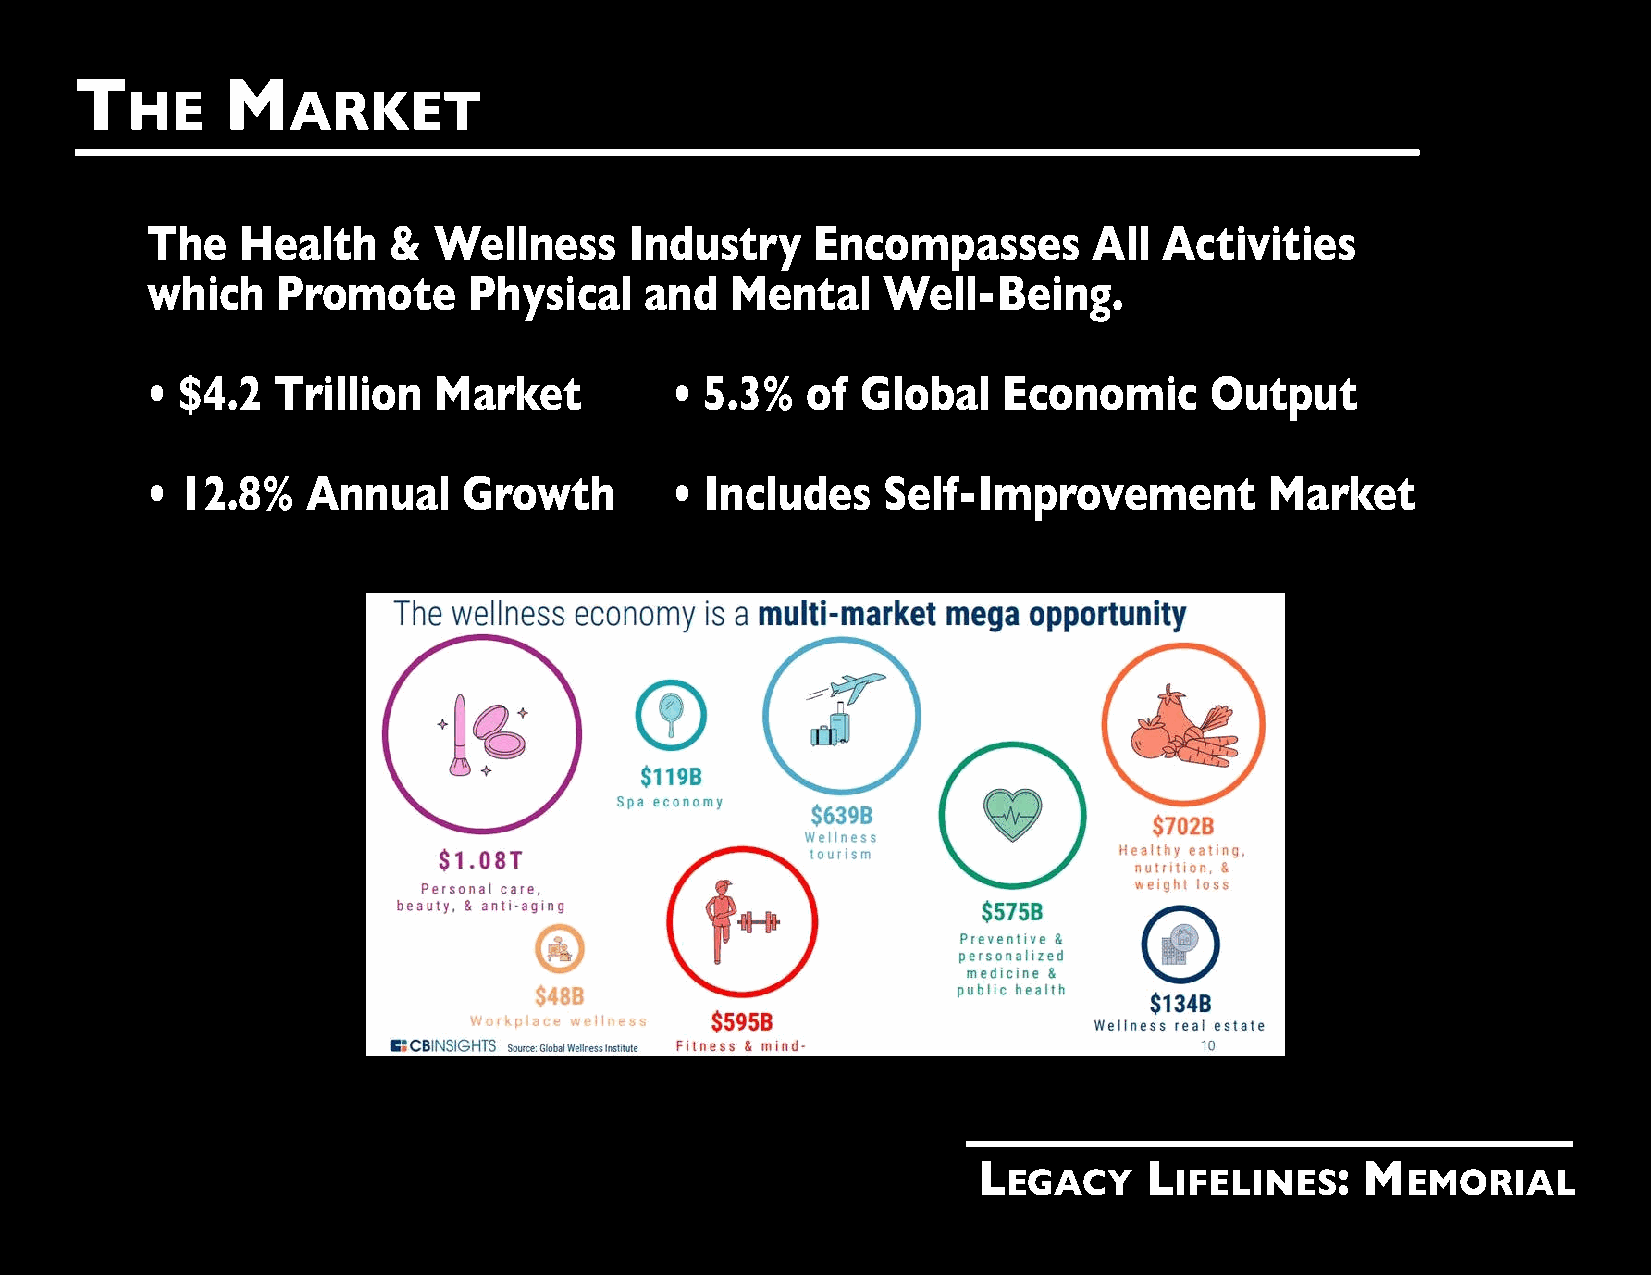
T         M
 HE         ARKET
 The   Health    &  Wellness     Industry    Encompasses       All  Activities
 which   Promote      Physical    and  Mental    Well-Being.
 • $4.2  Trillion   Market         •  5.3%  of  Global   Economic      Output
 • 12.8%   Annual     Growth       •  Includes   Self-Improvement          Market
 L          L           : M
 EGACY      IFELINES       EMORIAL